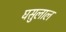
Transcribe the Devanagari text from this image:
घसुलाल